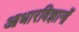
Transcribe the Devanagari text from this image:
आधारविज्ञानों